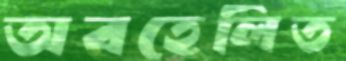
অবহেলিত